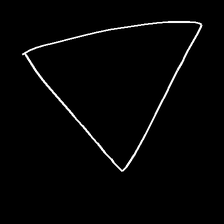
Glyph: convergence